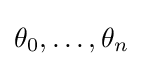
\theta _{0},\dots ,\theta _{n}